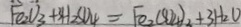
F e _ { 2 } O _ { 3 } + 3 H _ { 2 } S O _ { 4 } = F e _ { 2 } ( S O _ { 4 } ) _ { 2 } + 3 H _ { 2 } O